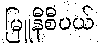
မြူနီစီပယ်